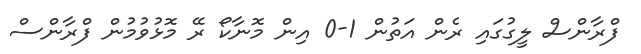
ފްރާންސް ލީގުގައި ރެން އަތުން 1-0 އިން މޮނާކޯ ރޭ މޮޅުވުމުން ފްރާންސް